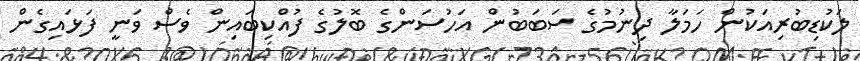
ލަކުޑިބުރިއަކުން ހަމަލާ ދިނުމުގެ ސަބަބުން އަހުސަންގެ ބޮލުގެ ފުއްކިބައިން ވެސް ވަނީ ފަޅައިގެން